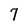
Character: 7